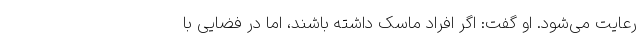
رعایت می‌شود. او گفت: اگر افراد ماسک داشته باشند، اما در فضایی با